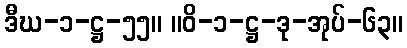
ဒီဃ-၁-ဋ္ဌ-၅၅။ ။ဝိ-၁-ဋ္ဌ-ဒု-အုပ်-၆၃။